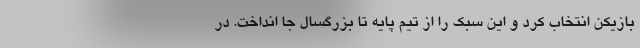
بازیکن انتخاب کرد و این سبک را از تیم پایه تا بزرگسال جا انداخت. در